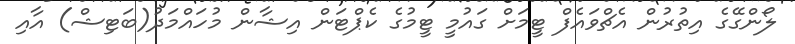
ލޯންގޭގެ އިތުރުން އެޗްވައެފް ޓީމަށް ގައުމީ ޓީމުގެ ކެޕްޓަން އިޝާން މުހައްމަދު(ބަޓިޝް) އާއި